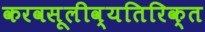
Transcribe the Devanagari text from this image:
करवसूलीव्यतिरिक्त